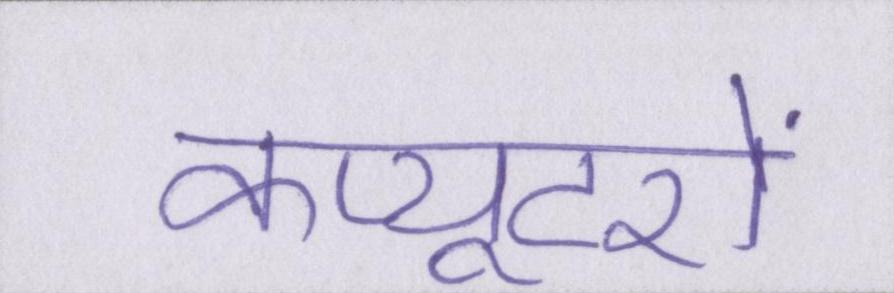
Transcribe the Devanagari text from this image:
कंप्यूटरों